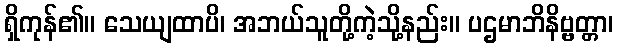
ရှိကုန်၏။ သေယျထာပိ၊ အဘယ်သူတို့ကဲ့သို့နည်း။ ပဌမာဘိနိဗ္ဗတ္တာ၊